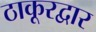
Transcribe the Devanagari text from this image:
ठाकूरद्वार